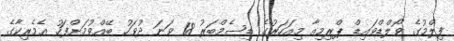
ފިލްމުގެ ވޯލްޑްވައިޑް ޕްރިމިއާ މިއަހަރުގެ ޑިސެމްބަރު 18 ވަނަ ދުވަހު ބޭއްވުމަށްފަހު އެމެރިކާގެ